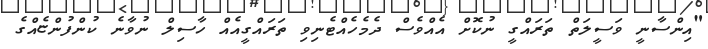
"އިންސާނީ ވަސީލަތް ތަރައްގީ ނުކޮށް އެއްވެސް ދެމެހެއްޓެނިވި ތަރައްގީއެއް ހާސިލް ނުވާނެ ކުންފުންޏެއްގެ